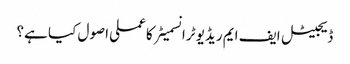
ڈیجیٹل ایف ایم ریڈیو ٹرانسمیٹر کا عملی اصول کیا ہے؟